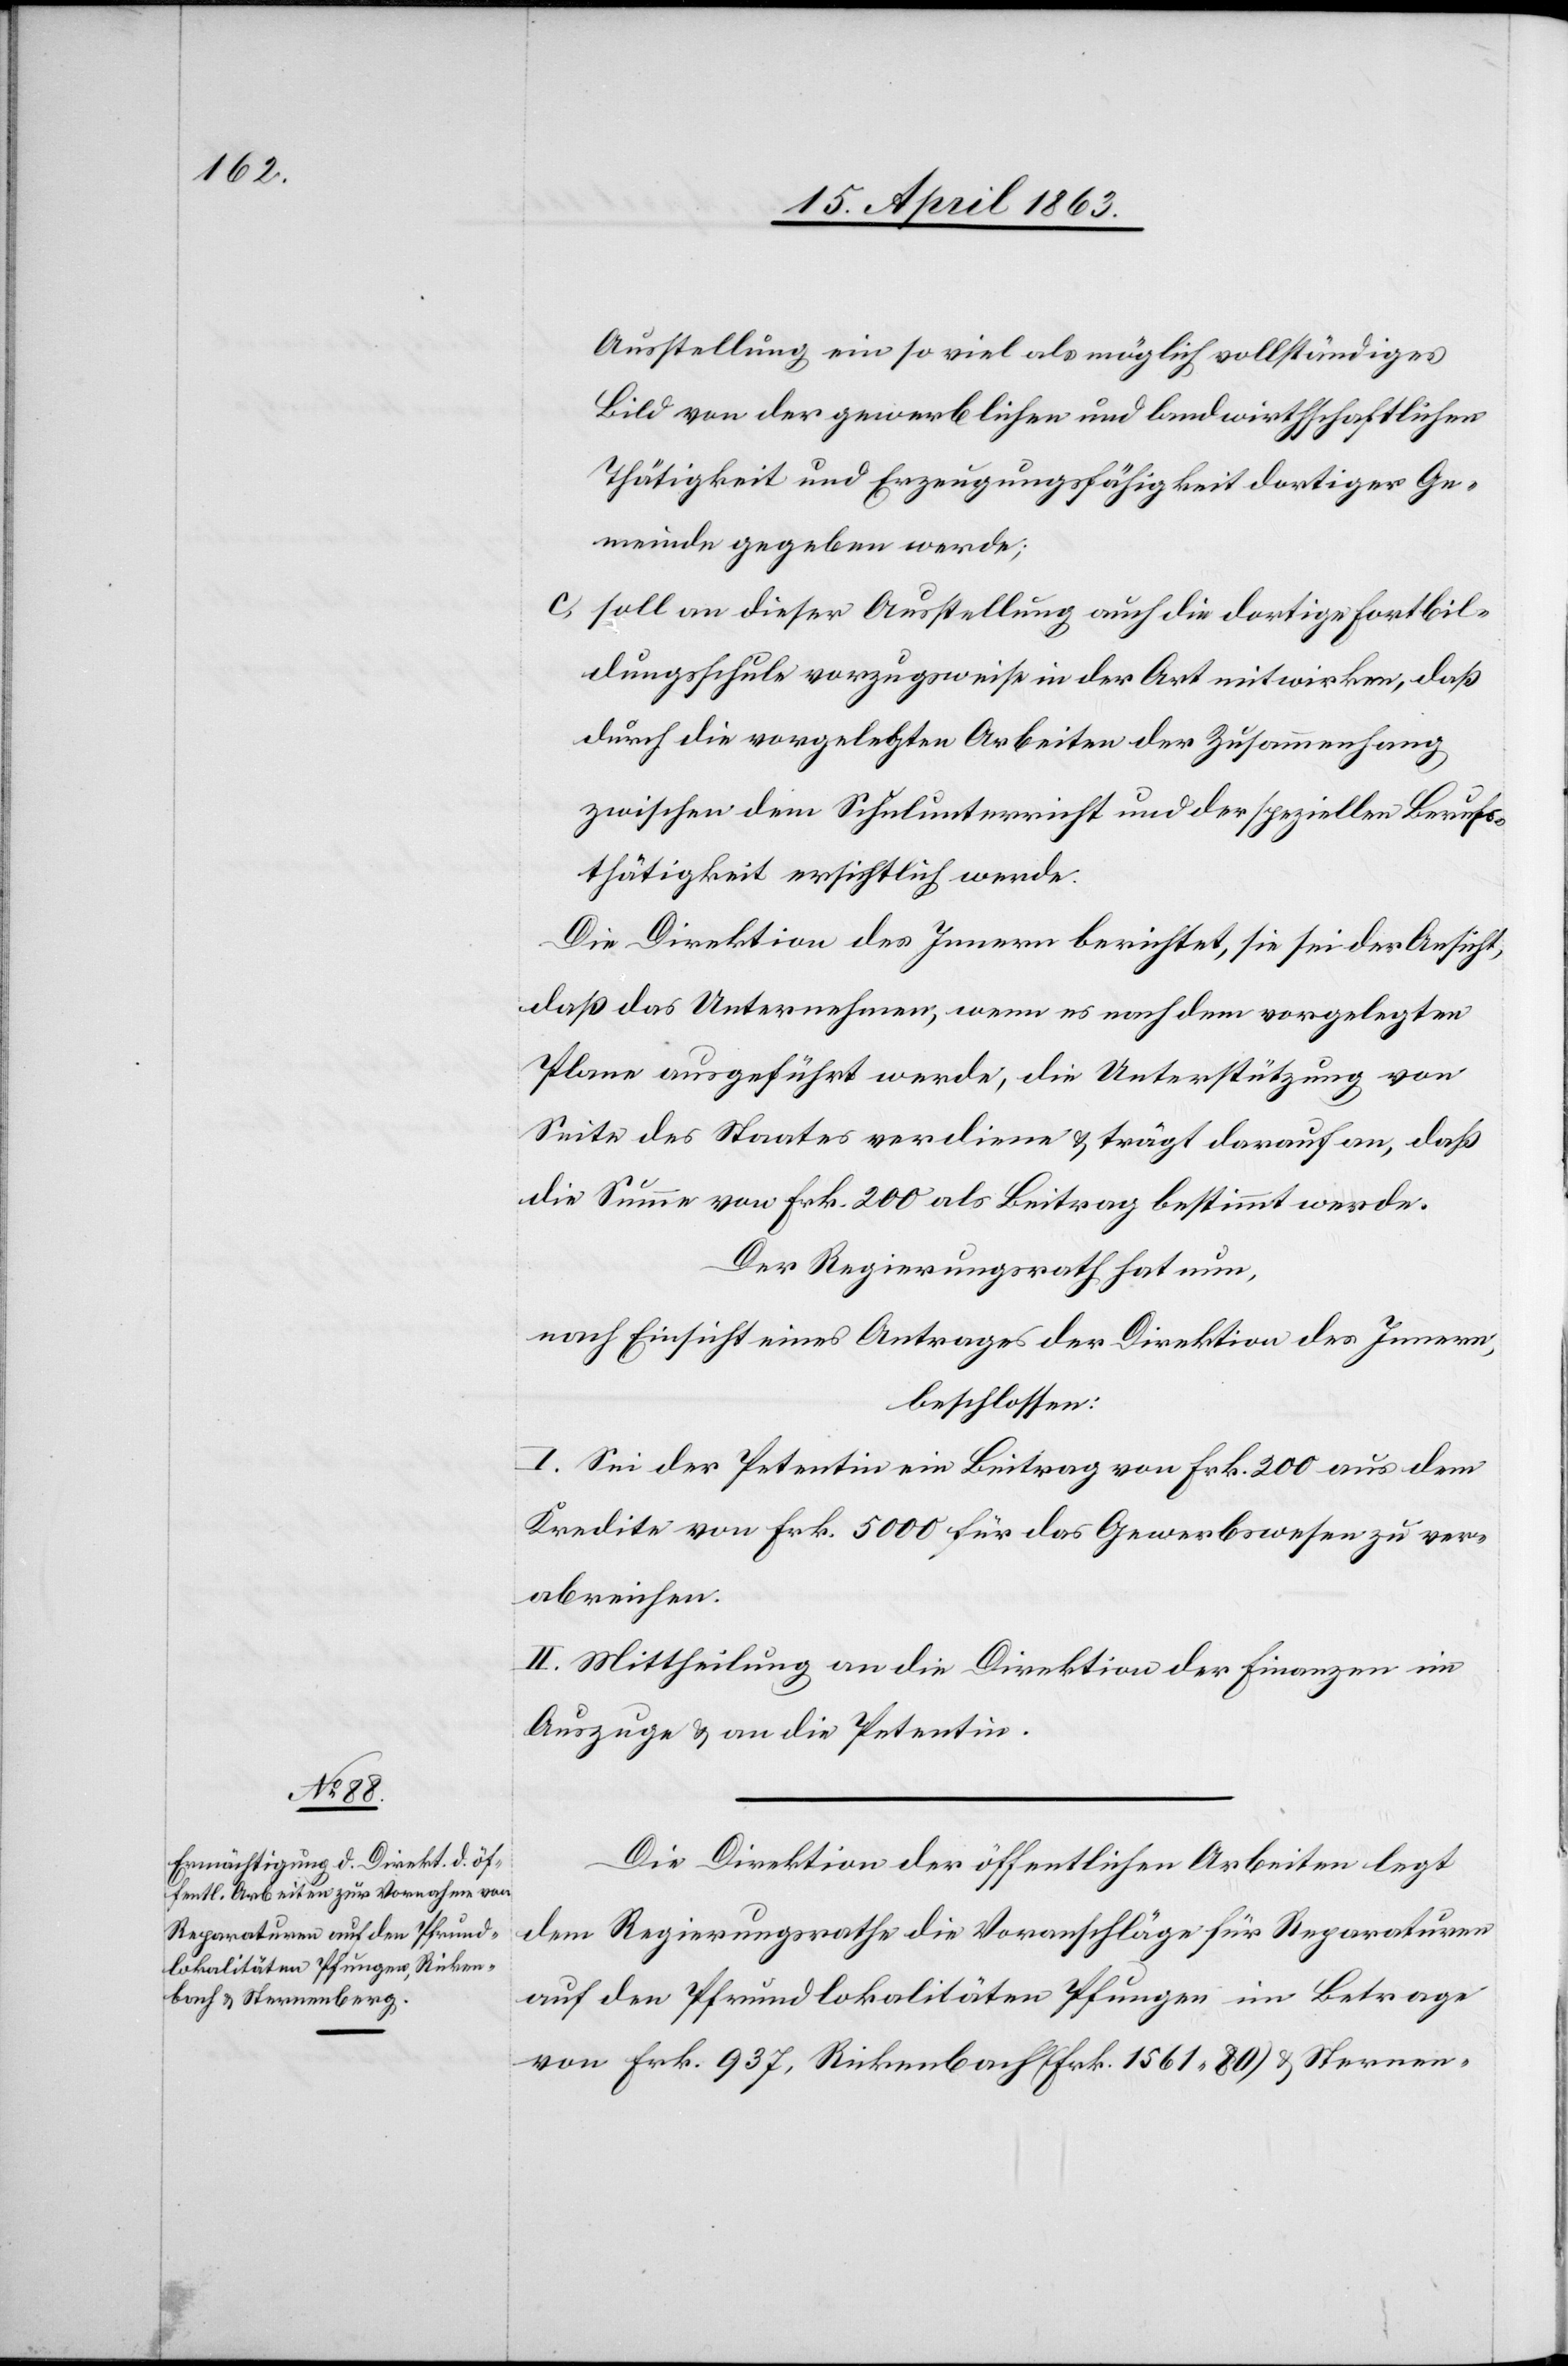
Ausstellung ein so viel als möglich vollständiges
Bild von der gewerblichen und landwirthschaftlichen
Thätigkeit und Erzeugungsfähigkeit dortiger Ge¬
meinde gegeben werde;
c)
soll an dieser Ausstellung auch die dortige Fortbil¬
dungsschule vorzugsweise in der Art mitwirken, daß
durch die vorgelegten Arbeiten der Zusammenhang
zwischen dem Schulunterricht und der speziellen Berufs¬
thätigkeit ersichtlich werde.
Die Direktion des Innern berichtet, sie sei der Ansicht,
daß das Unternehmen, wenn es nach dem vorgelegten
Plane ausgeführt werde, die Unterstützung von
Seite des Staates verdiene & trägt darauf an, daß
die Summe von Frk. 200 als Beitrag bestimmt werde.
Der Regierungsrath hat nun,
nach Einsicht eines Antrages der Direktion des Innern,
beschlossen:
I. Sei der Petentin ein Beitrag von Frk. 200 aus dem
Kredite von Frk. 5000 für das Gewerbswesen zu ver¬
abreichen.
II. Mittheilung an die Direktion der Finanzen im
Auszuge & an die Petentin.
Die Direktion der öffentlichen Arbeiten legt
dem Regierungsrathe die Voranschläge für Reparaturen
auf den Pfrundlokalitäten Pfungen im Betrage
von Frk. 937, Rickenbach (Frk. 1561. 80) & Sternen-